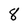
Character: 8